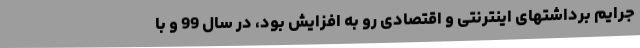
جرایم برداشتهای اینترنتی و اقتصادی رو به افزایش بود، در سال 99 و با